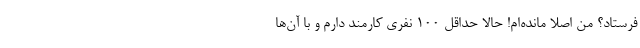
فرستاد؟ من اصلا مانده‌ام! حالا حداقل 100 نفری کارمند دارم و با آن‌ها